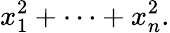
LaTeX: x_{1}^{2}+\cdots+x_{n}^{2}.